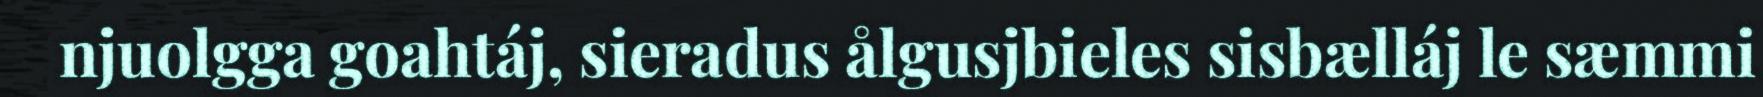
njuolgga goahtáj, sieradus ålgusjbieles sisbælláj le sæmmi